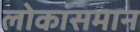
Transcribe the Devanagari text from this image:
लोकांसमान